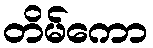
တိမ်ကော